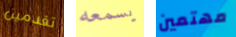
تقدمين يسمعه مهتمين